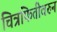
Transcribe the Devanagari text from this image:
चित्रफितीवरुन